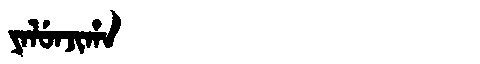
Manchu: ᠶᠠᠯᡠᠨᠵᡳᡥᠠ
Romanization: YALUNJIHA